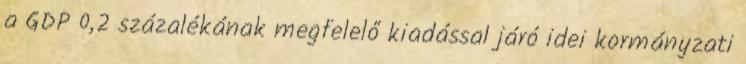
a GDP 0,2 százalékának megfelelő kiadással járó idei kormányzati